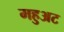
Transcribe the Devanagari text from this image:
महुअट